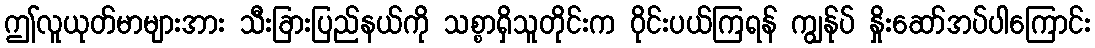
ဤလူယုတ်မာများအား သီးခြားပြည်နယ်ကို သစ္စာရှိသူတိုင်းက ဝိုင်းပယ်ကြရန် ကျွန်ုပ် နှိုးဆော်အပ်ပါကြောင်း